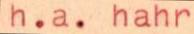
h.a. hahr